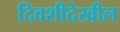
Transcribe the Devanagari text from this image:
दिवशीदेखील